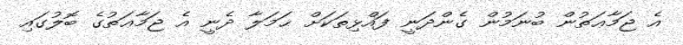
އެ ޖަމާޢަތުން ބުނަމުން ގެންދަނީ ފައްޅިތަކަށް ޙަމަލާ ދެނީ އެ ޖަމާޢަތުގެ ބޮލުގައި